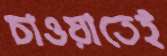
চাওয়াতেই